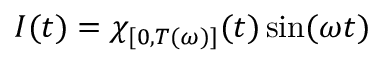
I ( t ) = \chi _ { [ 0 , T ( \omega ) ] } ( t ) \sin ( \omega t )